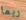
ربما